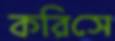
করিসে